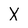
Character: X